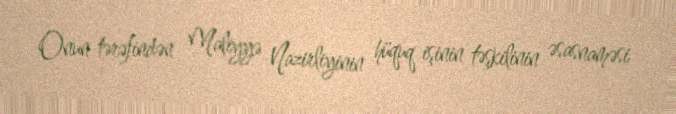
Onun tərəfindən Maliyyə Nazirliyinin hüquq işinin təşkilinin əsasnaməsi